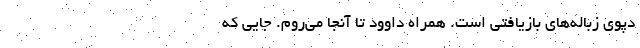
دپوی زباله‌های بازیافتی است. همراه داوود تا آنجا می‌روم. جایی که